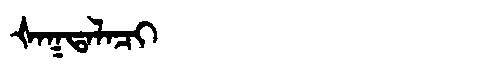
Manchu: ᡧᠠᡴᡨᠠᠯᠠᠴᡳ
Romanization: ŠAKTALACI